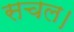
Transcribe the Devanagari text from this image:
सचल।